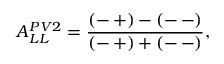
A _ { L L } ^ { P V 2 } = \frac { ( - \, + ) - ( - \, - ) } { ( - \, + ) + ( - \, - ) } ,